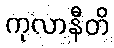
ကုလာနီတိ